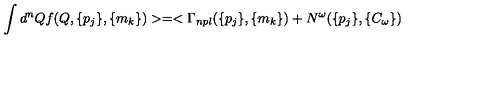
\int d ^ { n } Q f ( Q , \{ p _ { j } \} , \{ m _ { k } \} ) > = < \Gamma _ { n p l } ( \{ p _ { j } \} , \{ m _ { k } \} ) + N ^ { \omega } ( \{ p _ { j } \} , \{ C _ { \omega } \} )